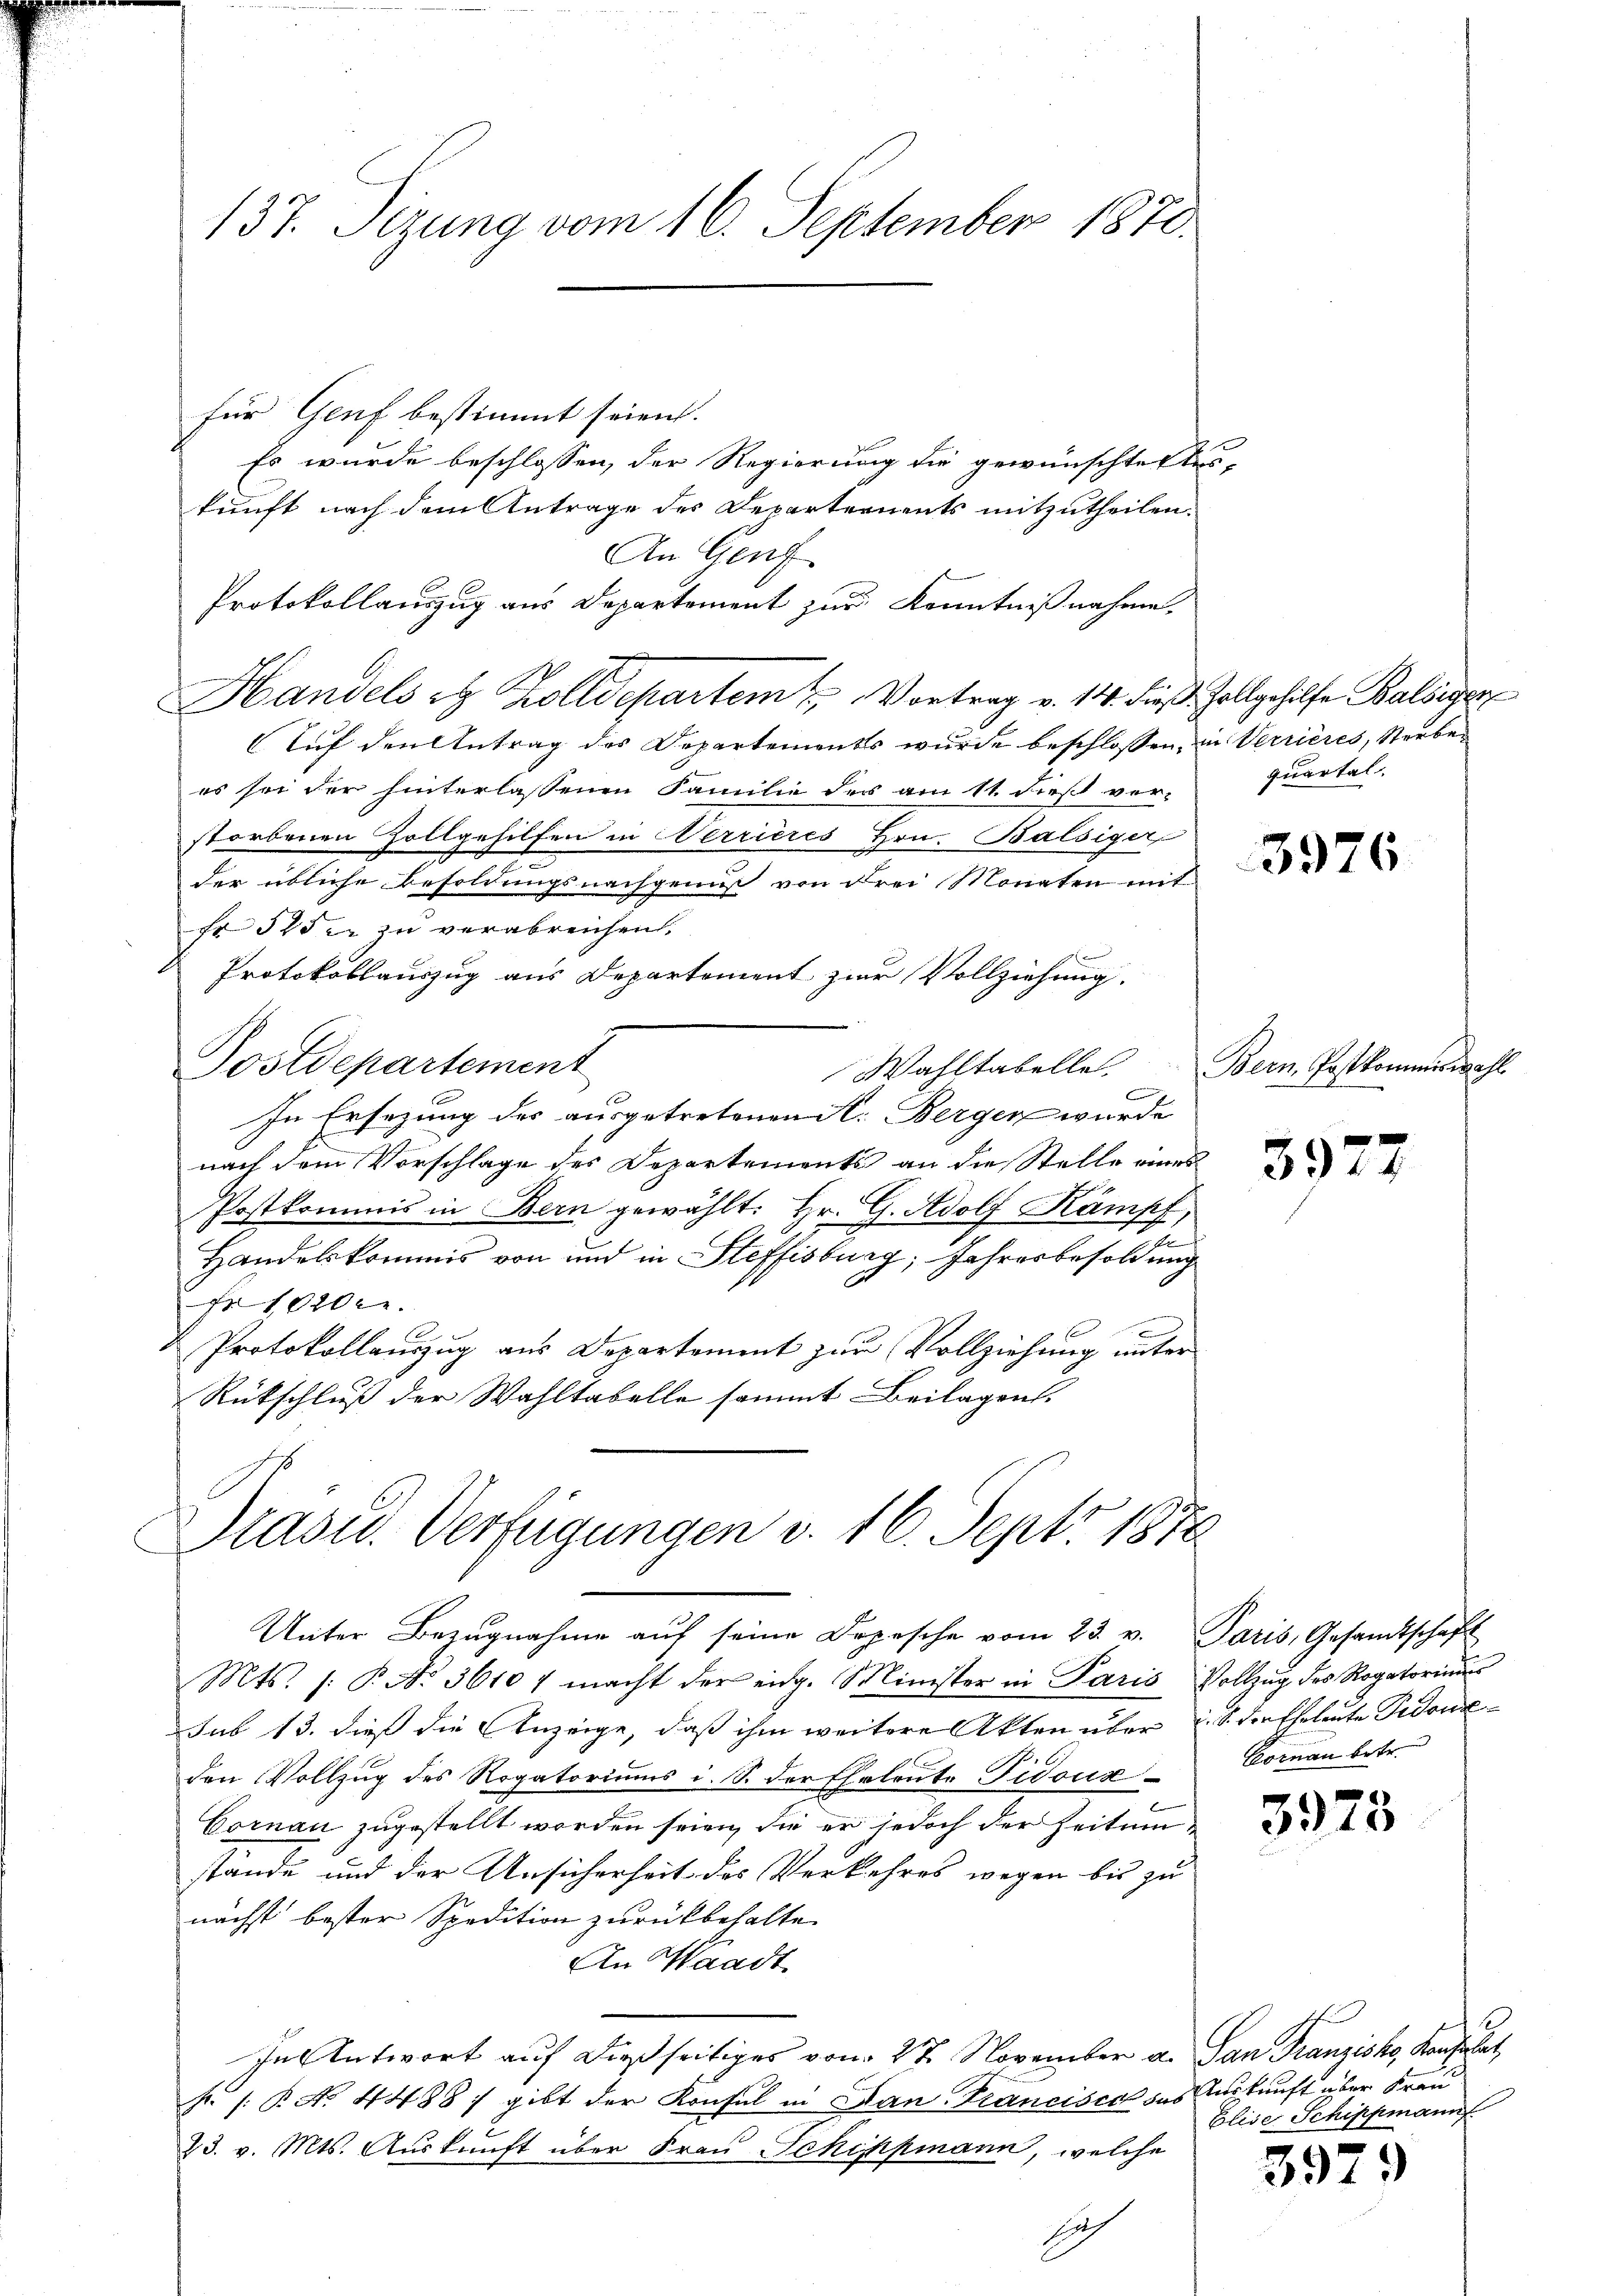
137. Sizung vom 16. September 1870

für Genf bestimmt seien.
Es wurde beschlossen, der Regierung die gewünschtestes-
kunft nach dem Antrage des Departernents mitzutheilen.
An Genf
Protokollauszug aus Departement zur Kenntnißnahme.
Handels et Zolldepartem u. Vortrag v. 14. dieß Zollgehilfe Balbiger
Auf den Antrag des Departements wurde beschlossen, in Verrieres, Sterben
es sei der hinterlassenen Familie des am 11. dieß ver-
storbenen Zollgehilfen in Nerrieres Hrn. Balsiger
der übliche Besoldungsnachgenuß von Frei Monaten mit
Fr. 545 er zu verabreichen.
Protokollauszug aus Departement zur Vollziehung.
Postdepartement
Wahltabelle
In Ersezung des ausgetretenen S. Berger wurde
nach dem Vorschlage des Departements an die Stelle eines
Postkommis in Bern gewählt. Hr. G. Adolf Kämpf
t
Handelskommis von und in Steffisburg, Jahresbesoldung
No 10200.
Protokollauzug aus Departement zur Vollziehung unter
Rückschluß der Wahltabelle sammt Beilagen.
Präsid. Verfügungen v. 16. Sept. 1870
Unter Bezugnahme aŭf seine Depesche vom 23. v. Paris, Gesandtschaft
Mts. /: P. No. 3610 macht der eidg. Minister in Paris Vollzŭg des Rogatoriu
sub 13. dieß die Anzeige, daß ihm weitere Akten über d. S. der Eheleute Fedoniden Vollzug des Rogatoriums i. S. der Eheleute Pidouz Bornau betr.
Coran zugestellt worden seien, die er jedoch der Zeitun
stände und der Ansicherheit des Verkehres wegen bis zu
nächst bester Spedition zurückbehalte.
An Waadt
In Antwort auf dießseitiges vom 27. November a. San Franzisko, Konsulat,
k. s. B. No. 4488) gibt der Konsul in Dan Francisca des Auskunft aber Frau
23. v. Mts. Auskunft über Frau Schippmann, welche
1

quartal

Bern Postkommiswahl

3377

t
Elise Schippmann

3979